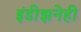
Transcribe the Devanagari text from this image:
इंडीझनेही